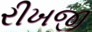
રીખજી